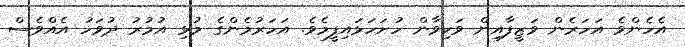
އެހެންވެ އަހަރެން ވަޒީފާއިން ވަކިވާން ހުށަހަޅައިފީމެވެ. އަހަރުމެންގެ މުޅި އުމުރު ދުވަހު އެއްވެސް